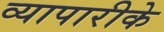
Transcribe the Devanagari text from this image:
व्‍यापारीके